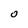
Character: O